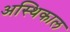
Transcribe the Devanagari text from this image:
अस्थिकाल